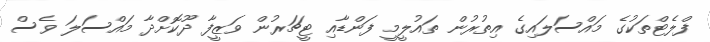
ފްލެޓްތަކުގެ މައްސަލައިގެ އިތުރުން ތައުލީމީ ފަންޑާއި ޓީޗަރުން ވަޒީފާ ދޫކޮށްދާ މައްސަލަ ވެސް